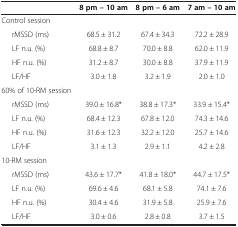
|  | 8 pm – 10 am | 8 pm – 6 am | 7 am – 10 am |
 | --- | --- | --- | --- |
 | Control session |  |  |  |
 | rMSSD (ms) | 68.5 ± 31.2 | 67.4 ± 34.3 | 72.2 ± 28.9 |
 | LF n.u. (%) | 68.8 ± 8.7 | 70.0 ± 8.8 | 62.0 ± 11.9 |
 | HF n.u. (%) | 31.2 ± 8.7 | 30.0 ± 8.8 | 37.9 ± 11.9 |
 | LF/HF | 3.0 ± 1.8 | 3.2 ± 1.9 | 2.0 ± 1.0 |
 | 60% of 10-RM session |  |  |  |
 | rMSSD (ms) | 39.0 ± 16.8* | 38.8 ± 17.3* | 33.9 ± 15.4* |
 | LF n.u. (%) | 68.4 ± 12.3 | 67.8 ± 12.0 | 74.3 ± 14.6 |
 | HF n.u. (%) | 31.6 ± 12.3 | 32.2 ± 12.0 | 25.7 ± 14.6 |
 | LF/HF | 3.1 ± 1.3 | 2.9 ± 1.1 | 4.2 ± 2.8 |
 | 10-RM session |  |  |  |
 | rMSSD (ms) | 43.6 ± 17.7* | 41.8 ± 18.0* | 44.7 ± 17.5* |
 | LF n.u. (%) | 69.6 ± 4.6 | 68.1 ± 5.8 | 74.1 ± 7.6 |
 | HF n.u. (%) | 30.4 ± 4.6 | 31.9 ± 5.8 | 25.9 ± 7.6 |
 | LF/HF | 3.0 ± 0.6 | 2.8 ± 0.8 | 3.7 ± 1.5 |